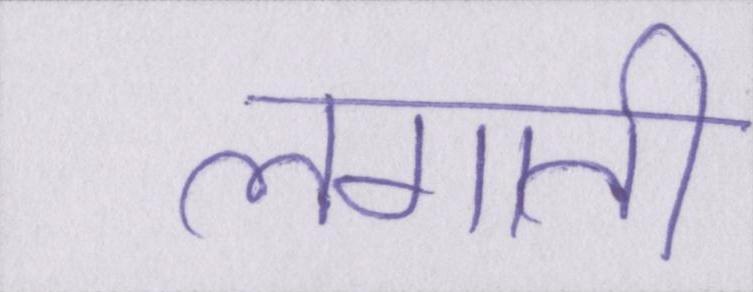
लगाती